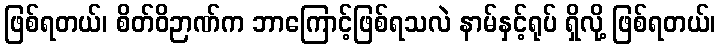
ဖြစ်ရတယ်၊ စိတ်ဝိဉာဏ်က ဘာကြောင့်ဖြစ်ရသလဲ နာမ်နှင့်ရုပ် ရှိလို့ ဖြစ်ရတယ်၊